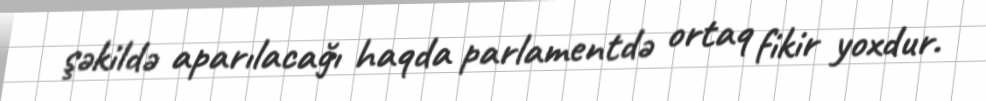
şəkildə aparılacağı haqda parlamentdə ortaq fikir yoxdur.